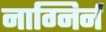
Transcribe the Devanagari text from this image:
नाग्निर्न